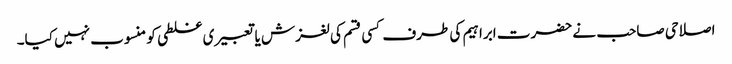
اصلاحی صاحب نے حضرت ابراہیم کی طرف کسی قسم کی لغزش یا تعبیری غلطی کو منسوب نہیں کیا۔